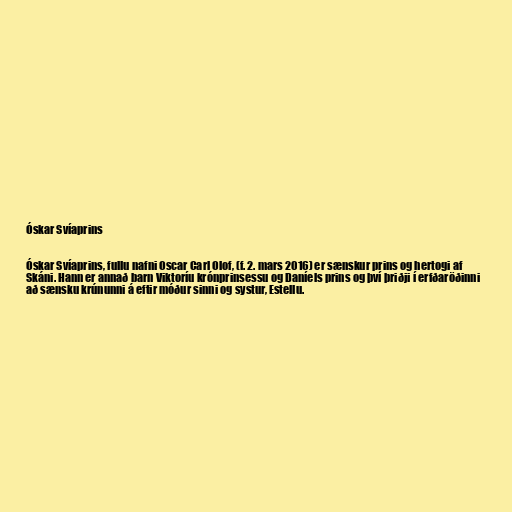
Óskar Svíaprins

Óskar Svíaprins, fullu nafni Oscar Carl Olof, (f. 2. mars 2016) er sænskur prins og hertogi af
Skáni. Hann er annað barn Viktoríu krónprinsessu og Daníels prins og því þriðji í erfðaröðinni
að sænsku krúnunni á eftir móður sinni og systur, Estellu.